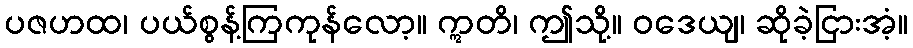
ပဇဟထ၊ ပယ်စွန့်ကြကုန်လော့။ ဣတိ၊ ဤသို့။ ဝဒေယျ၊ ဆိုခဲ့ငြားအံ့။